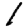
Digit: 1